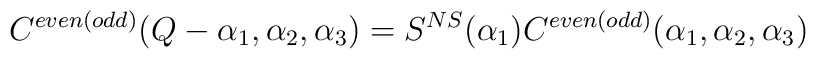
C^{even(odd)}(Q-\alpha_1,\alpha_2,\alpha_3)=S^{NS}(\alpha_1)C^{even(odd)}(\alpha_1,\alpha_2,\alpha_3)